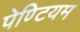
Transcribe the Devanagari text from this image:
पेण्टियम